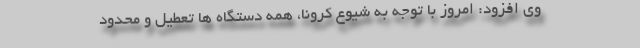
وی افزود: امروز با توجه به شیوع کرونا، همه دستگاه ها تعطیل و محدود